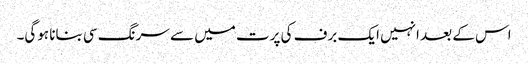
اس کے بعد انہیں ایک برف کی پرت میں سے سرنگ سی بنانا ہوگی۔